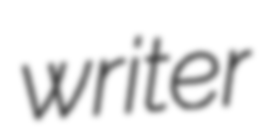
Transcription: writer